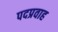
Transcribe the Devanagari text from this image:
पदप्रवाह